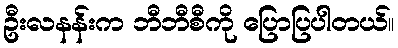
ဦးလနန်းက ဘီဘီစီကို ပြောပြပါတယ်။